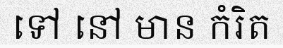
ទៅ នៅ មាន កំរិត